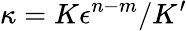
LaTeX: \kappa=K\epsilon^{n-m}/K^{\prime}